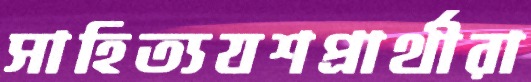
সাহিত্যযশপ্রার্থীরা